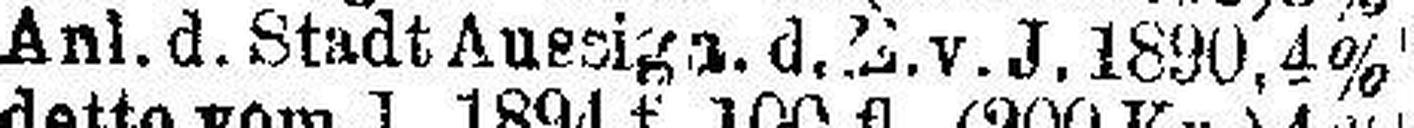
Anl. d. Stadt Aussiga. d.E.v.J. 1890, 4%